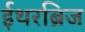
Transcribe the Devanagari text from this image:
ईथरब्रिज